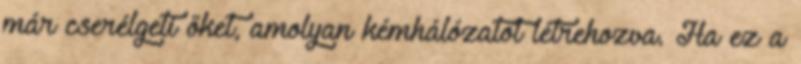
már cserélgeti őket, amolyan kémhálózatot létrehozva. Ha ez a